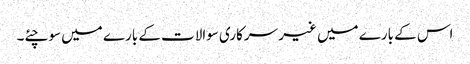
اس کے بارے میں غیر سرکاری سوالات کے بارے میں سوچئے۔